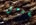
تفهمى